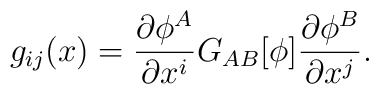
g_{ij}(x)=\frac{\partial\phi^{A}}{\partial x^{i}}G_{AB}[\phi]\frac{\partial\phi^{B}}{\partial x^{j}}.